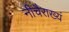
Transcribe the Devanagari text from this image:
नीचैराख्यं